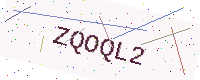
Text: ZQOQL2